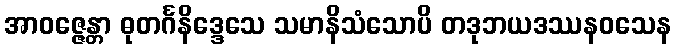
အာဝဇ္ဇေန္တာ ဓုတင်္ဂနိဒ္ဒေသေ သမာနိသံသောပိ တဒုဘယဒဿနဝသေန